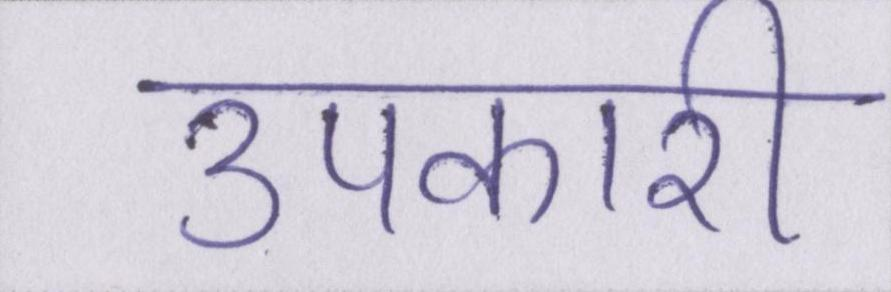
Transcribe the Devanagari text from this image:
उपकारी